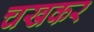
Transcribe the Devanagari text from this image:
चखकर